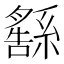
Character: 𦅚